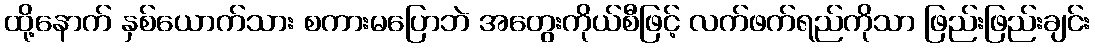
ထို့နောက် နှစ်ယောက်သား စကားမပြောဘဲ အတွေးကိုယ်စီဖြင့် လက်ဖက်ရည်ကိုသာ ဖြည်းဖြည်းချင်း